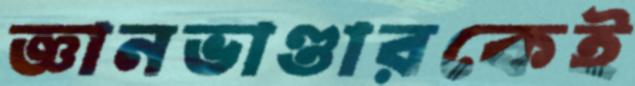
জ্ঞানভাণ্ডারকেই